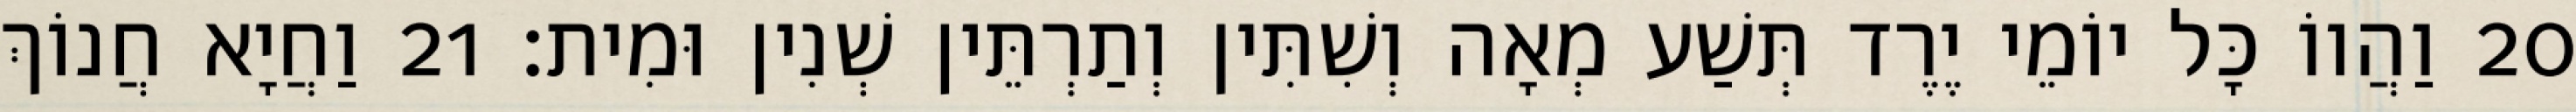
20 וַהֲווֹ כָּל יוֹמֵי יֶרֶד תְּשַׁע מְאָה וְשִׁתִּין וְתַרְתֵּין שְׁנִין וּמִית׃ 21 וַחֲיָא חֲנוֹךְ